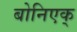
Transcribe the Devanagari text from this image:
बोनिएक्